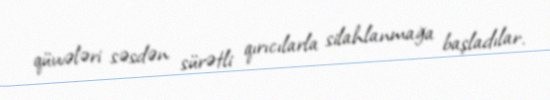
qüvvələri səsdən sürətli qırıcılarla silahlanmağa başladılar.